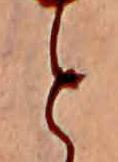
と